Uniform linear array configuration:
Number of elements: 64
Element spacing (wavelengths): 1
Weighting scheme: cosine
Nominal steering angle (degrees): -45
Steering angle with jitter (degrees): -46.008
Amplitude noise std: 0.05
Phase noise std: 0.05

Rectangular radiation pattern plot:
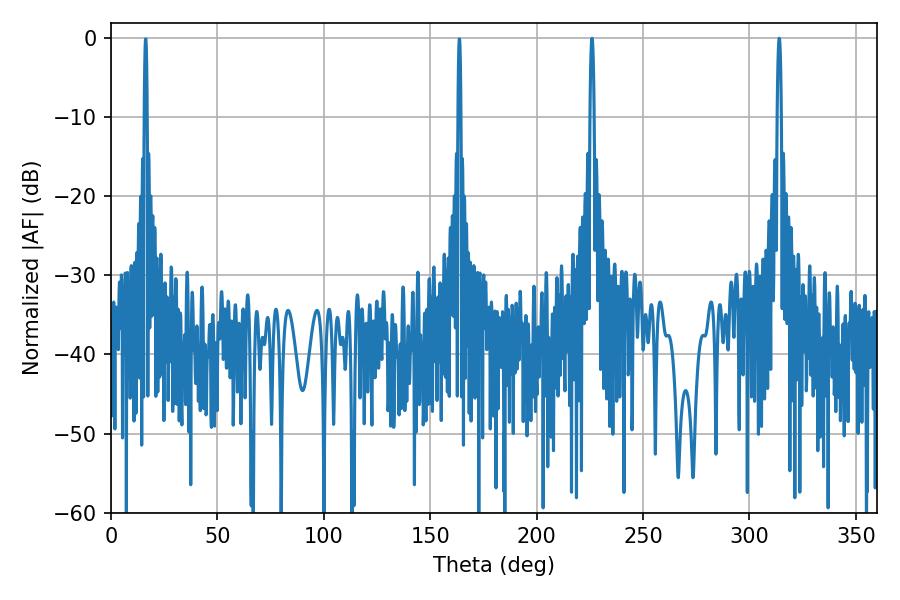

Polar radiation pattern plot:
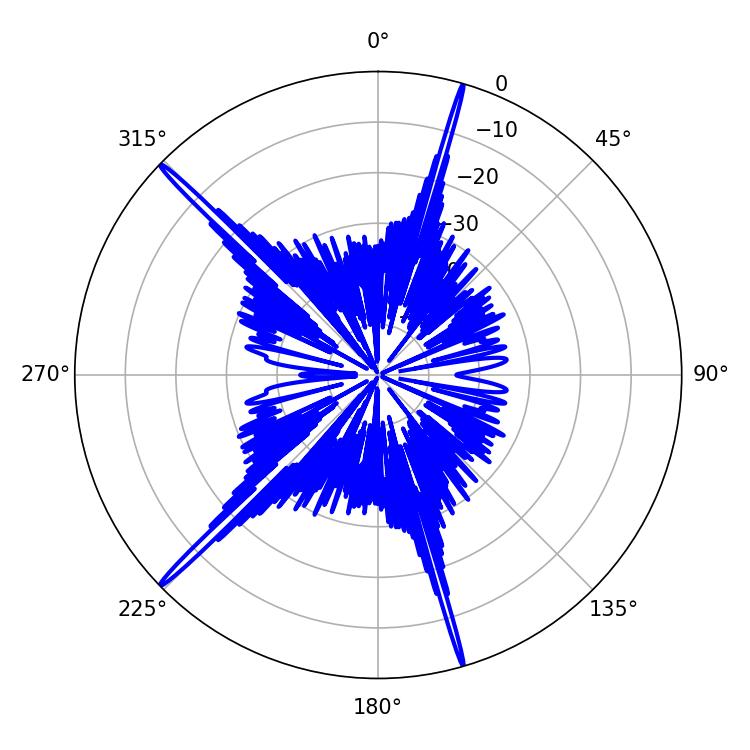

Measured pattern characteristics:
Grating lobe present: TRUE
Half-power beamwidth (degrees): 0.9
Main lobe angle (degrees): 313.92